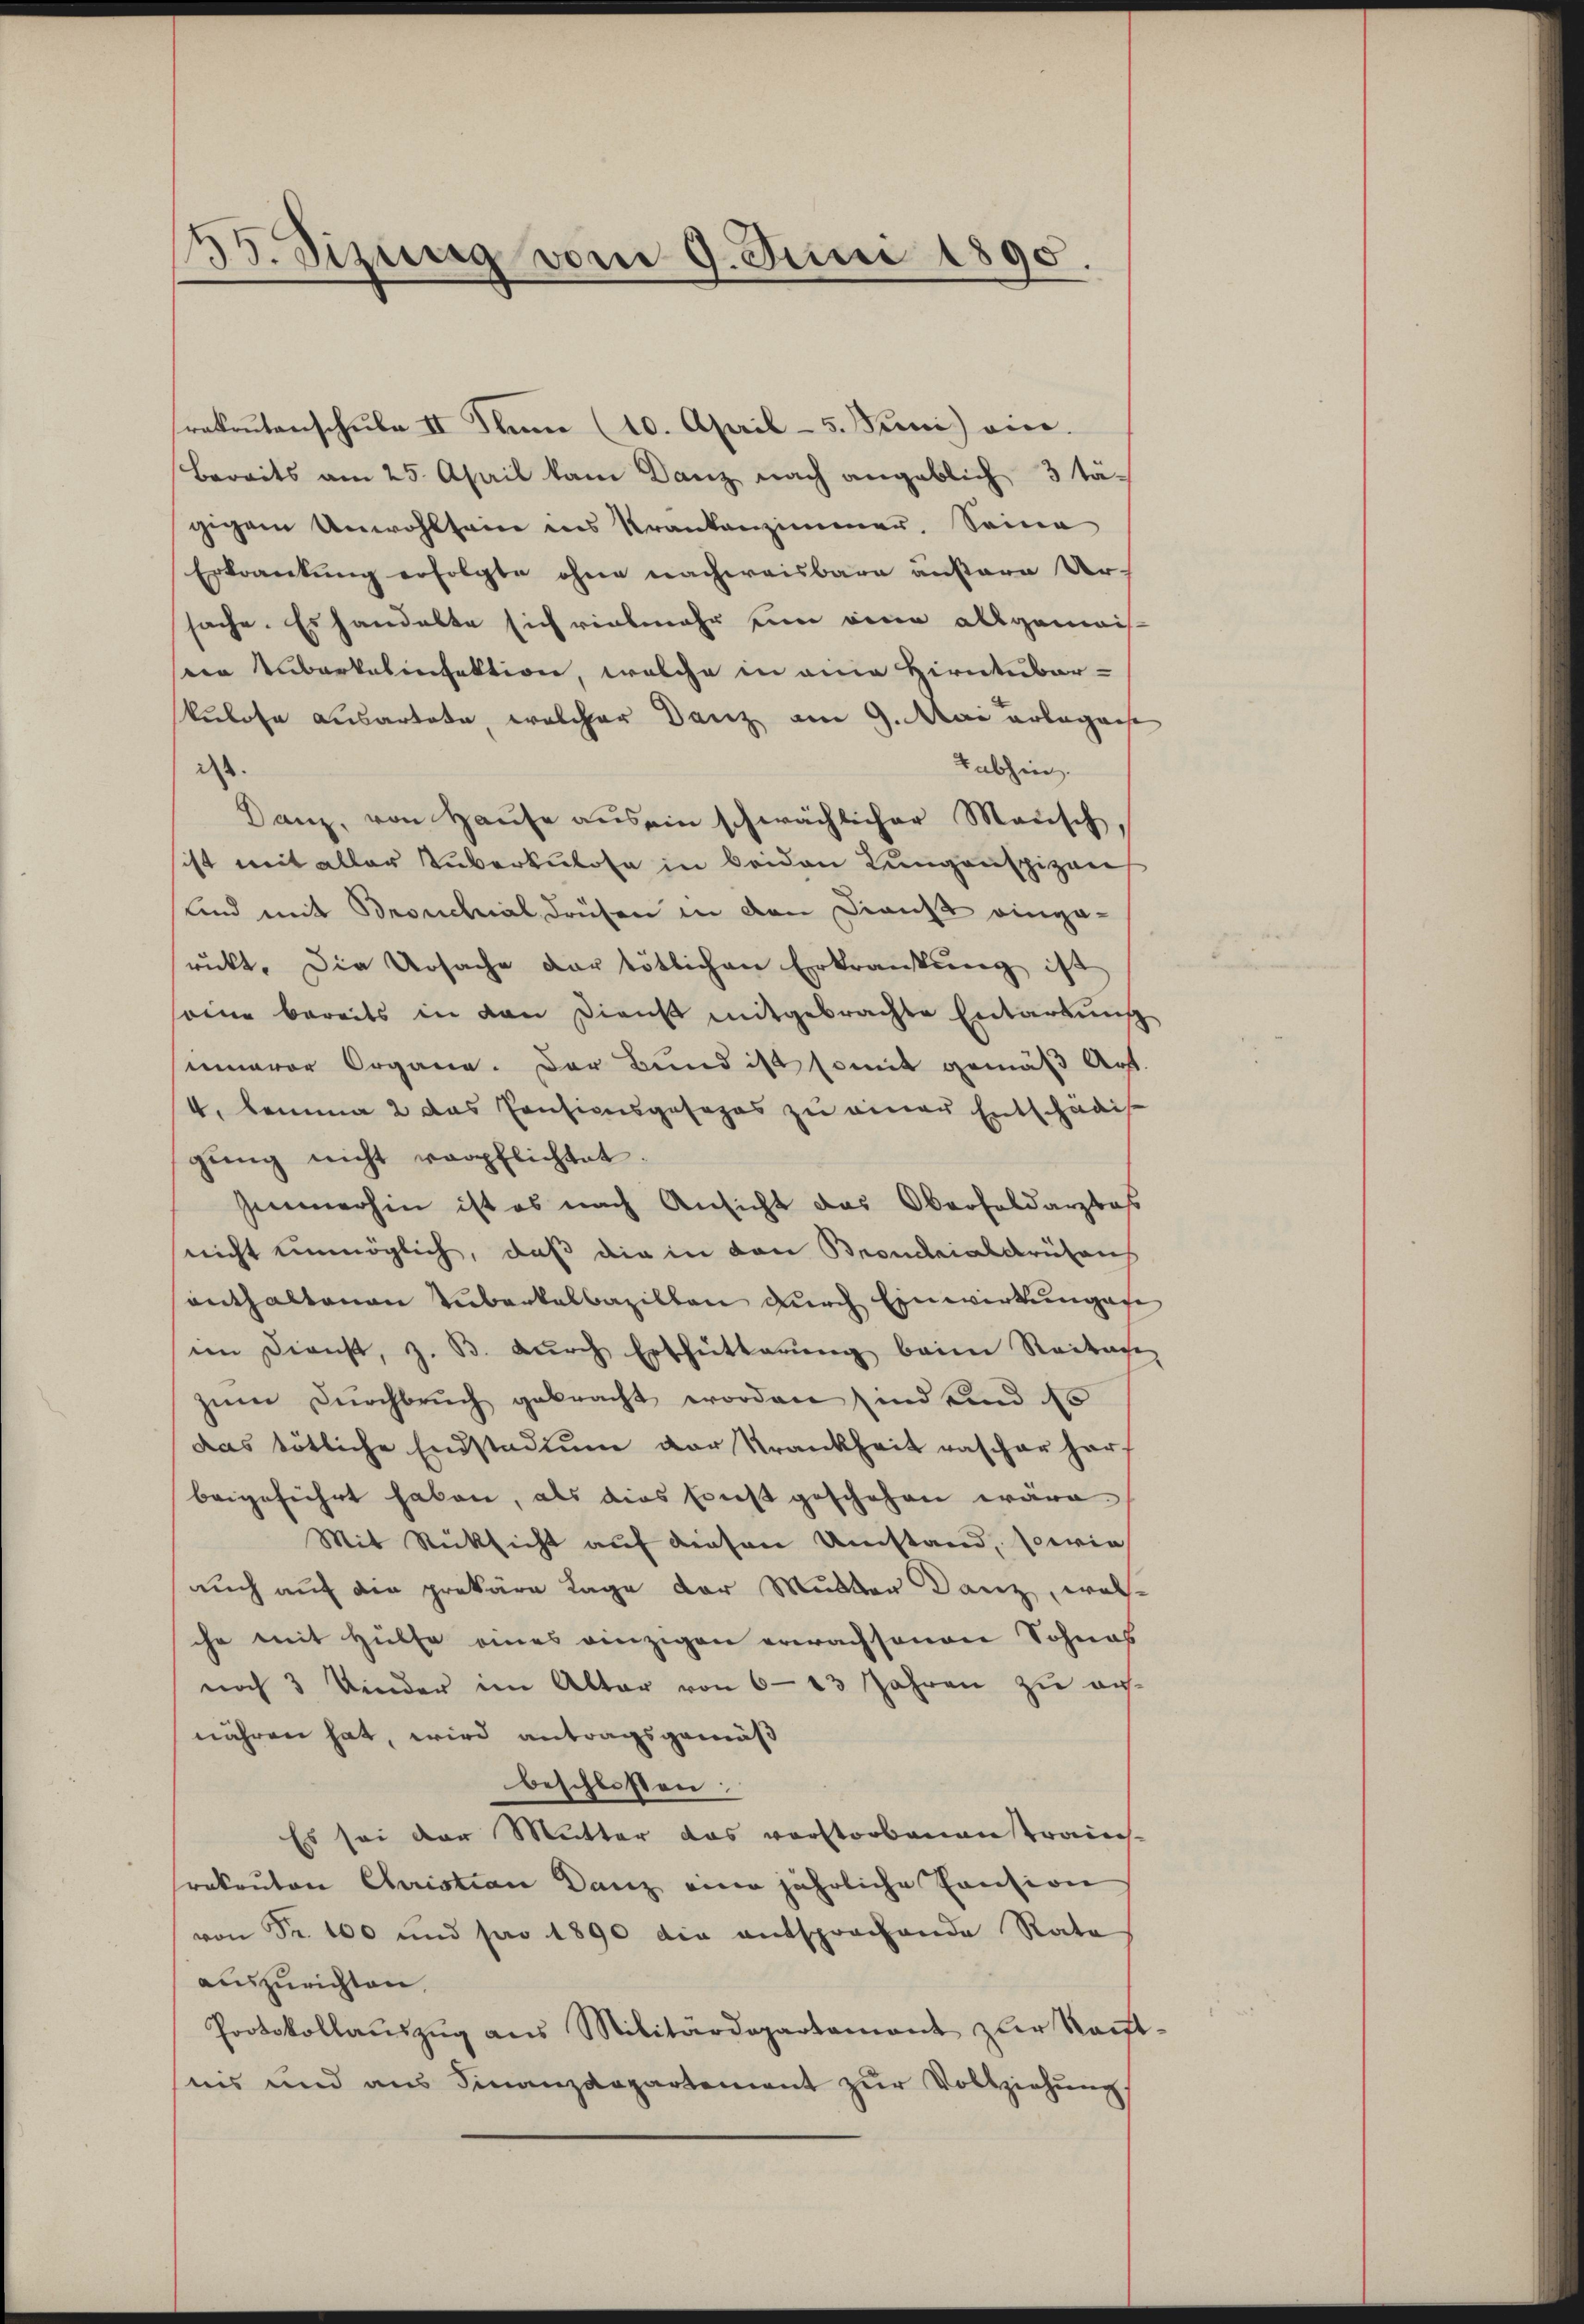
35. Sizung vom 9. Juni 1890.

rekrutenschŭle II Flane (10. April - 5. Juni eine.
Bereits am 25. April kam Danz nach angeblich 3 tä-
gigem Unwohlseine ins Krankenzimmer. Seine
Erkrankung erfolgte ohne nachweisbare äußere Ur-
sache. Es handelte sich vielmehr ein eine allgemeiseen Tuberkalienfektion, welche in eine Hirntuber-
kulose ausartete, welcher Danz am 9. Mai erlegese
Tabhin.
is.
Danz, von Hause aus ein schwächlicher Mensch,
ist mit aller Tuberkulose in beiden Lungenspizar
lind mit Bronchial Drüsen in den Dienst eingaruckt. Die Ursache der tötlichen Erkrankung ist
eine bereits in den Dienst mitgebrachte Entartŭng
sinnerer Organe. Der Bund ist somit gemäß Art.
4, komma 2 das Pensionsgesezes zu einer Entschädig
gŭng nicht verpflichtet.
Immerhin ist es nach Ansicht das Oberfeldarzta
nicht einmöglich, daß die in den Bronderial drüberh
enthaltenen Tuberkalbazillen durch Einwirkungen
im Dienst, z. B. durch Erschütterung beim Reitage
zŭm Dŭrchbrŭch gebracht worden sind und das
das tötliche Endstadiŭm der Krankheit rascher harf
beigeführt haben, als dies sonst geschehen wäre
Mit Rücksicht auf diesen Umstand, sowie
auch auf die prekäre Lage der Mutter Danz, welche
che mit Hülfe eines einzigen erwachsenen Sohnes
noch 3 Kinder im Alter von 623 Jahren zu aufnähren hat, wird antragsgemäß
beschlossen:
Es sei der Mutter das verstorbenantraich-
rakanton Chariation Danz eine jährliche Pansion
von Fr. 100 und pro 1890 die entsprochende Rate
auszurichten.
Protokollaŭszŭg ans Militärdepartamant zŭr Raŭt-
nis und aus Finanzdepartement zur Vollziehung,